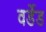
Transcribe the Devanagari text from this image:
वर्डेड